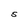
Character: S